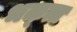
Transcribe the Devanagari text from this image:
भक्त्त